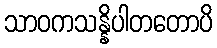
သာဝကသန္နိပါတတောပိ